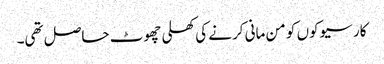
کارسیوکوں کو من مانی کرنے کی کھلی چھوٹ حاصل تھی۔